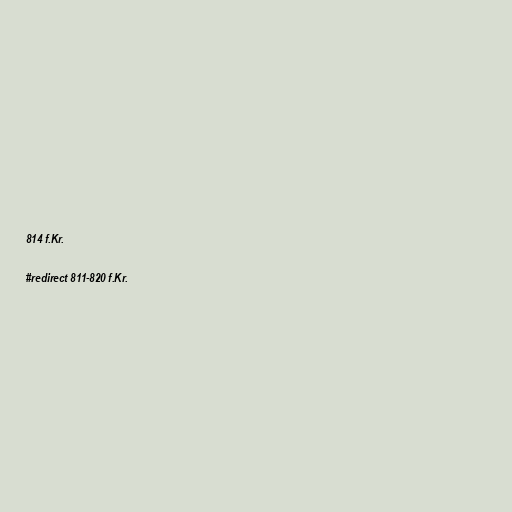
814 f.Kr.

#redirect 811-820 f.Kr.